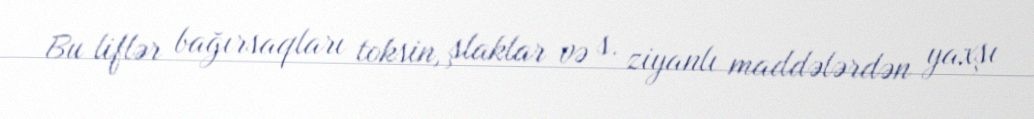
Bu liflər bağırsaqları toksin, şlaklar və s. ziyanlı maddələrdən yaxşı